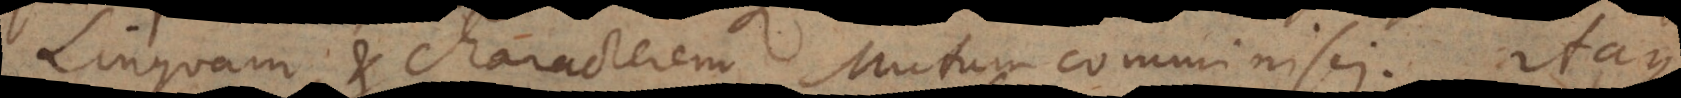
Linguam et characterem mutum comminisci. Itaque